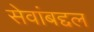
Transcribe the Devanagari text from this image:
सेवांबद्दल